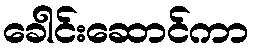
ခေါင်းဆောင်ကာ